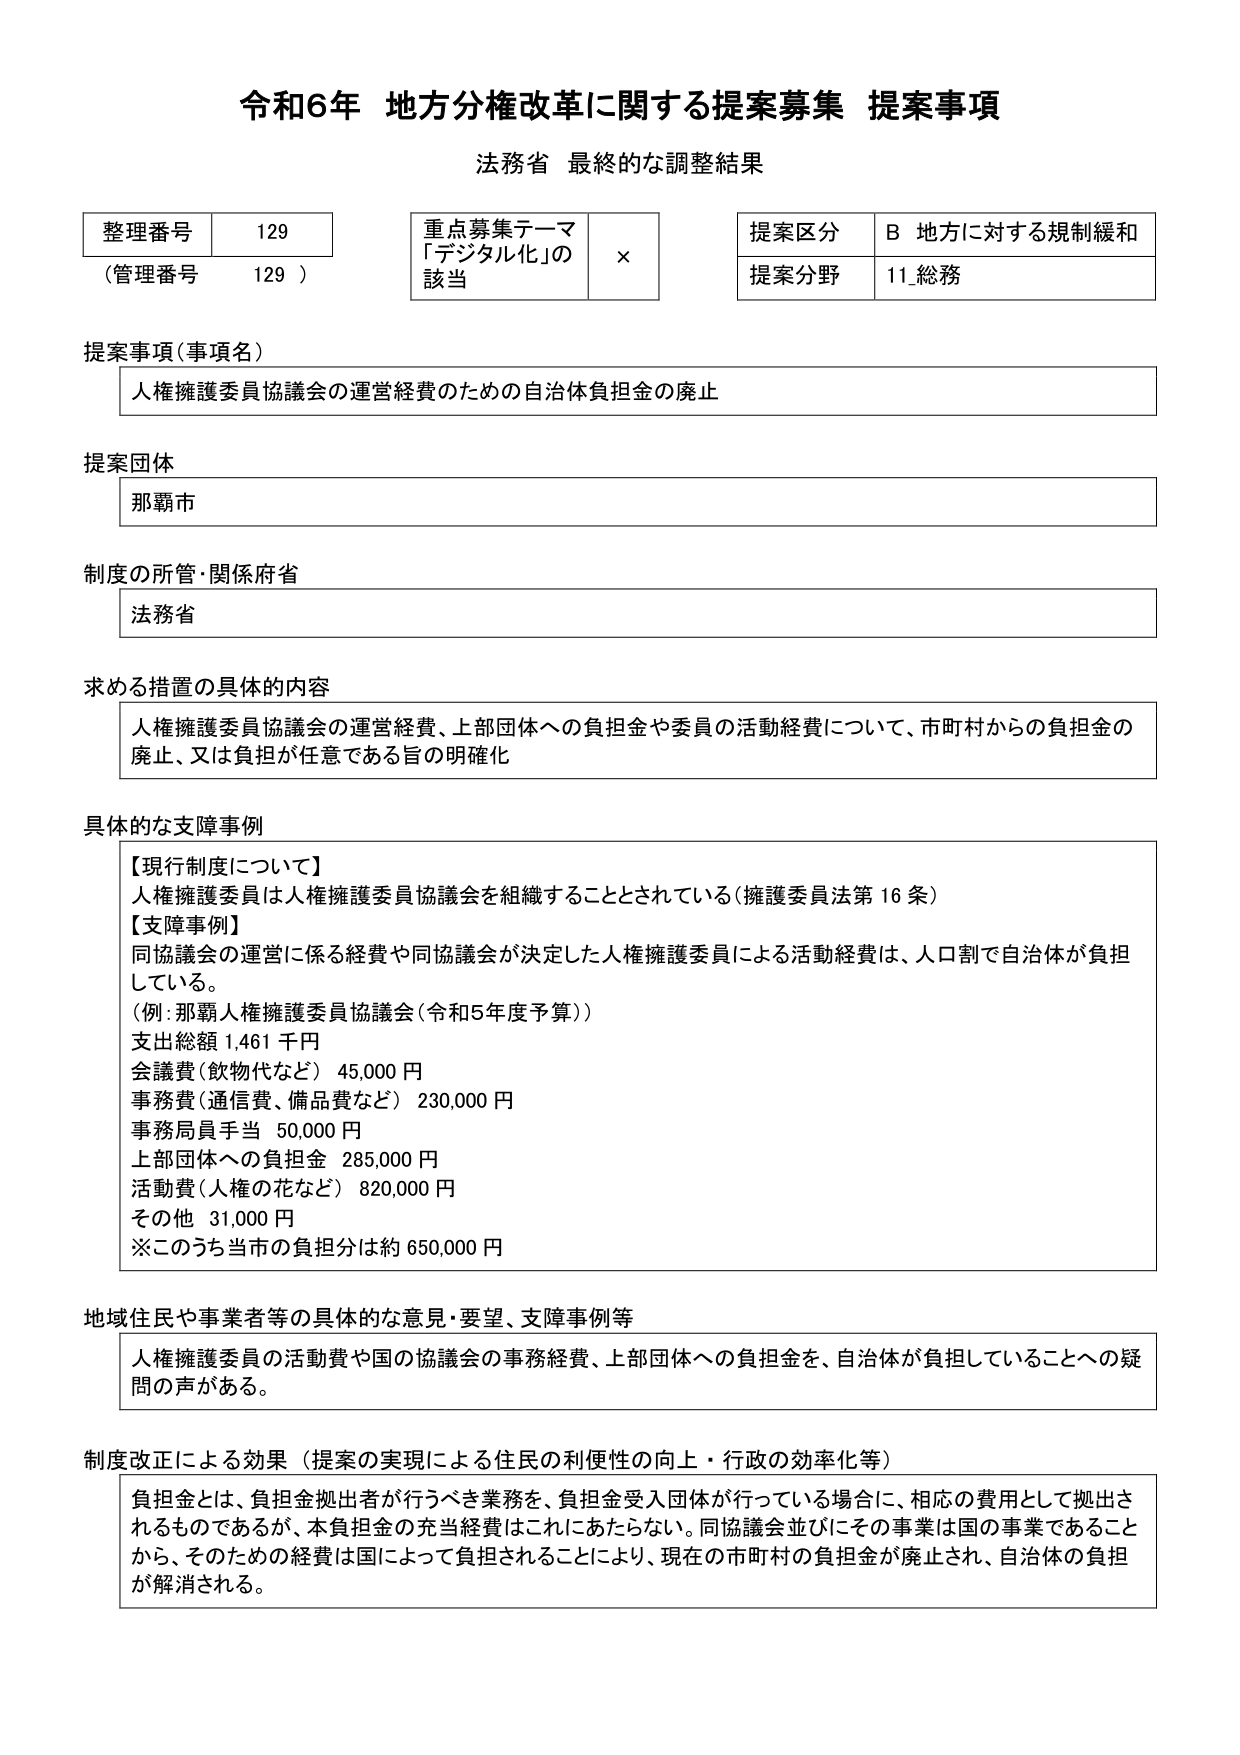
令和6年 地方分権改革に関する提案募集 提案事項
法務省 最終的な調整結果

整理番号 129
（管理番号 129）

重点募集テーマ
「デジタル化」の
該当 ×

提案区分 B 地方に対する規制緩和
提案分野 11 総務

提案事項（事項名）
人権擁護委員協議会の運営経費のための自治体負担金の廃止

提案団体
那覇市

制度の所管・関係府省
法務省

求める措置の具体的内容
人権擁護委員協議会の運営経費、上部団体への負担金や委員の活動経費について、市町村からの負担金の廃止、又は負担が任意である旨の明確化

具体的な支障事例
【現行制度について】
人権擁護委員は人権擁護委員協議会を組織することとされている（擁護委員法第16条）
【支障事例】
同協議会の運営に係る経費や同協議会が決定した人権擁護委員による活動経費は、人口割で自治体が負担している。
（例：那覇人権擁護委員協議会（令和5年度予算））
支出総額 1,461 千円
会議費（飲物代など） 45,000 円
事務費（通信費、備品費など） 230,000 円
事務局員手当 50,000 円
上部団体への負担金 285,000 円
活動費（人権の花など） 820,000 円
その他 31,000 円
※このうち当市の負担分は約 650,000 円

地域住民や事業者等の具体的な意見・要望、支障事例等
人権擁護委員の活動費や国の協議会の事務経費、上部団体への負担金を、自治体が負担していることへの疑問の声がある。

制度改正による効果（提案の実現による住民の利便性の向上・行政の効率化等）
負担金とは、負担金拠出者が行うべき業務を、負担金受入団体が行っている場合に、相応の費用として拠出されるものであるが、本負担金の充当経費はこれにあたらない。同協議会並びにその事業は国の事業であることから、そのための経費は国によって負担されることにより、現在の市町村の負担金が廃止され、自治体の負担が解消される。